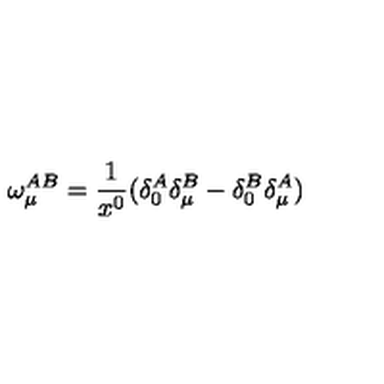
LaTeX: \omega _ { \mu } ^ { A B } = \frac { 1 } { x ^ { 0 } } ( \delta _ { 0 } ^ { A } \delta _ { \mu } ^ { B } - \delta _ { 0 } ^ { B } \delta _ { \mu } ^ { A } )